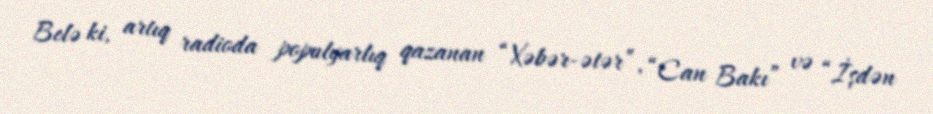
Belə ki, artıq radioda populyarlıq qazanan “Xəbər-ətər”, “Can Bakı” və “İşdən